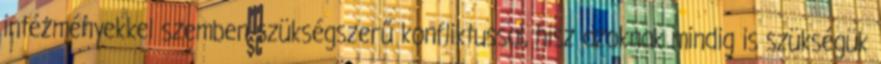
intézményekkel szemben szükségszerű konfliktussal, hisz azoknak mindig is szükségük